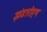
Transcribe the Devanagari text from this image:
झंडारोहण